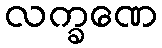
လက္ခဏေ